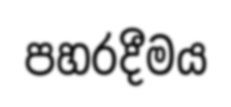
පහරදීමය